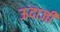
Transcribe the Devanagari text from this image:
ऊदाजी